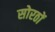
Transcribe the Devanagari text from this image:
सोरठों